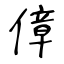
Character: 傽